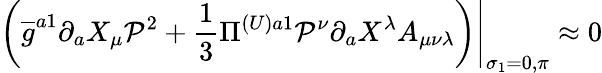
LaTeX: \left.\left(\overline{{{g}}}^{a1}\partial_{a}X_{\mu}\mathcal{P}^{2}+\frac{1}{3}\Pi^{(U)a1}\mathcal{P}^{\nu}\partial_{a}X^{\lambda}A_{\mu\nu\lambda}\right)\right|_{\sigma_{1}=0,\pi}\approx 0